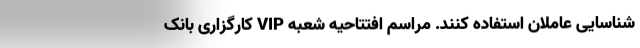
شناسایی عاملان استفاده کنند. مراسم افتتاحیه شعبه VIP کارگزاری بانک